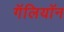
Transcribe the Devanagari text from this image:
गॅलियॉन